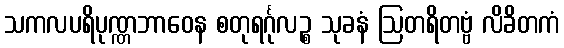
သကလပရိပုဏ္ဏဘာဝေန စတုရင်္ဂုလဉ္စ သုခနံ ဩတရိတဗ္ဗံ လိခိတကံ